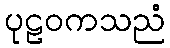
ပုဠဝကသညံ